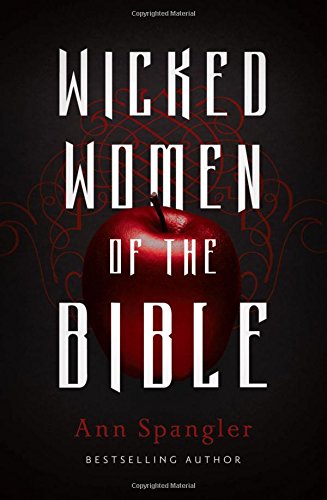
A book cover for Wicked Women of the Bible; Ann Spangler; Christian Books & Bibles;